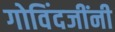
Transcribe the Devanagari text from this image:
गोविंदजींनी